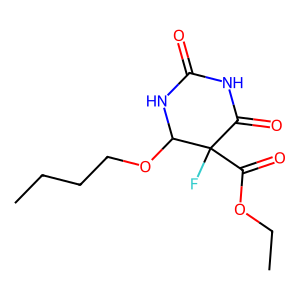
SMILES: CCCCOC1NC(=O)NC(=O)C1(F)C(=O)OCC
Inhibits HIV replication: No